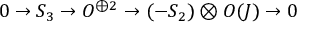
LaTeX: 0 \rightarrow S _ { 3 } \rightarrow { \cal O } ^ { \oplus 2 } \rightarrow ( - S _ { 2 } ) \otimes { \cal O } ( J ) \rightarrow 0